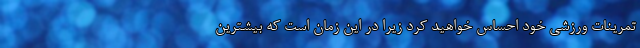
تمرینات ورزشی خود احساس خواهید کرد زیرا در این زمان است که بیشترین